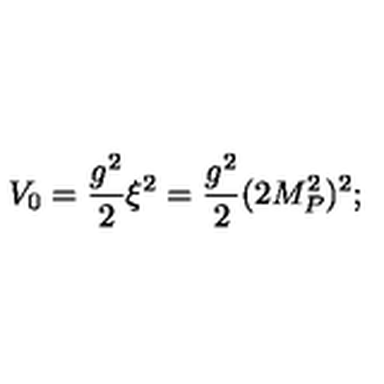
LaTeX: V _ { 0 } = \frac { g ^ { 2 } } 2 \xi ^ { 2 } = \frac { g ^ { 2 } } 2 ( 2 M _ { P } ^ { 2 } ) ^ { 2 } ;